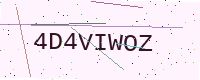
Text: 4D4VIWOZ